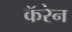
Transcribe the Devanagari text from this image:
कॅरेन